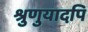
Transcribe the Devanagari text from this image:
श्रुणुयादपि